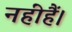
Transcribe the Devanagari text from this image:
नहींहैं।